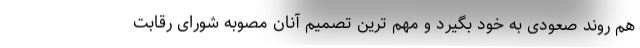
هم روند صعودی به خود بگیرد و مهم ترین تصمیم آنان مصوبه شورای رقابت